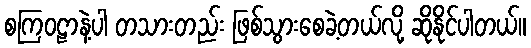
စကြဝဠာနဲ့ပါ တသားတည်း ဖြစ်သွားစေခဲ့တယ်လို့ ဆိုနိုင်ပါတယ်။